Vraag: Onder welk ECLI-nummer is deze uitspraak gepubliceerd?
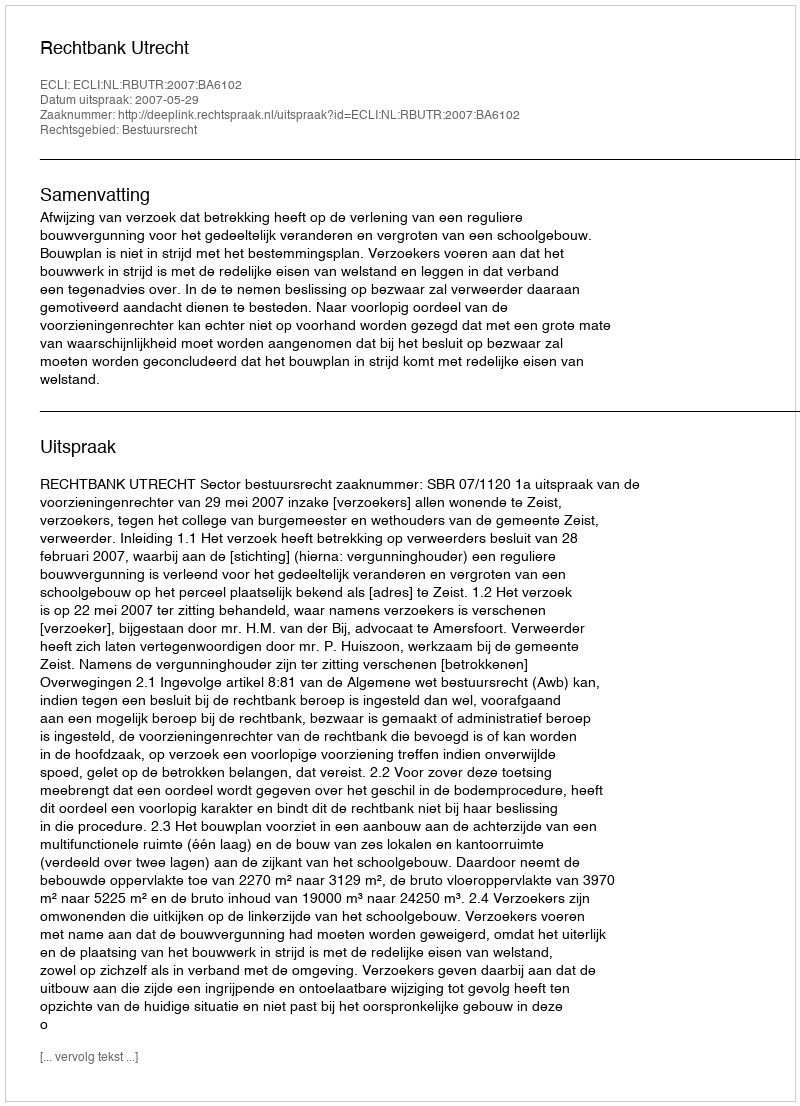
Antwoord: ECLI:NL:RBUTR:2007:BA6102